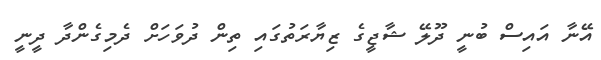
އޭނާ އައިސް ބުނީ ދޫލޭ ޝާޖީގެ ޒިޔާރަތުގައި ތިން ދުވަހަށް ދެމިގެންދާ ދީނީ